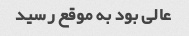
عالی بود به موقع رسید